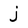
Character: j